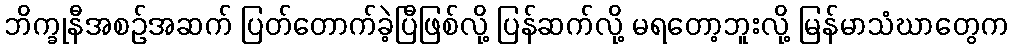
ဘိက္ခုနီအစဉ်အဆက် ပြတ်တောက်ခဲ့ပြီဖြစ်လို့ ပြန်ဆက်လို့ မရတော့ဘူးလို့ မြန်မာသံဃာတွေက